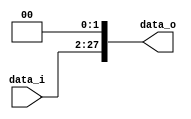
module Shift_Left26(
    data_i,
    data_o
);

input	[25:0]	data_i;
output	[27:0]	data_o;
assign data_o = {data_i, 2'b00};

endmodule